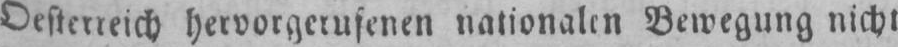
Oesterreich hervorgerufenen nationalen Bewegung nicht